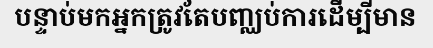
បន្ទាប់មកអ្នកត្រូវតែបញ្ឈប់ការដើម្បីមាន